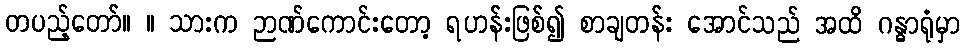
တပည့်တော်။ ။ သားက ဉာဏ်ကောင်းတော့ ရဟန်းဖြစ်၍ စာချတန်း အောင်သည် အထိ ဂန္ဓာရုံမှာ